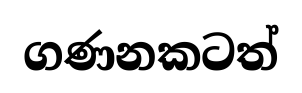
ගණනකටත්